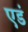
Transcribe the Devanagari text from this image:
एडं